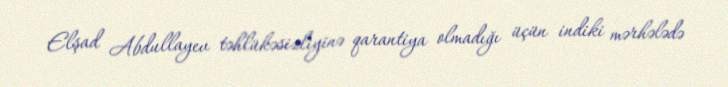
Elşad Abdullayev təhlükəsizliyinə qarantiya olmadığı üçün indiki mərhələdə